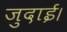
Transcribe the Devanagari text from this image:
जुदाई।